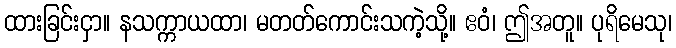
ထားခြင်းငှာ။ နသက္ကာယထာ၊ မတတ်ကောင်းသကဲ့သို့။ ဧဝံ၊ ဤအတူ။ ပုရိမေသု၊